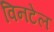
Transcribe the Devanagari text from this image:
विनटेल